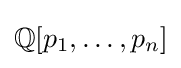
\mathbb {Q} [p_{1},\ldots ,p_{n}]